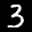
Label: 3